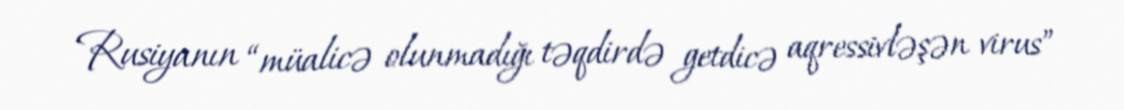
Rusiyanın “müalicə olunmadığı təqdirdə getdicə aqressivləşən virus”